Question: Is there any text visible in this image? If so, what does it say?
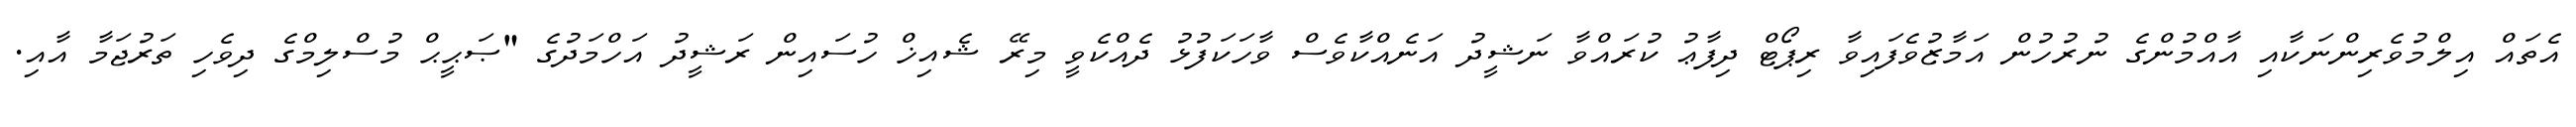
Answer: އެތައް އިލްމުވެރިންނަކާއި އާއްމުންގެ ނުރުހުން އަމާޒުވެފައިވާ ރިޕޯޓް ދިފާޢު ކުރައްވާ ނަޝީދު އަނެއްކާވެސް ވާހަކަފުޅު ދެއްކެވީ މިރޭ ޝެއިޚް ހުސައިން ރަޝީދު އަހްމަދުގެ "ޞަޙީޙް މުސްލިމްގެ ދިވެހި ތަރުޖަމާ އާއި.